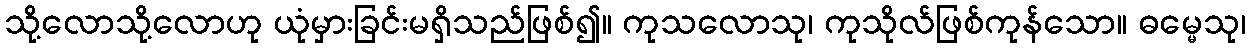
သို့လောသို့လောဟု ယုံမှားခြင်းမရှိသည်ဖြစ်၍။ ကုသလောသု၊ ကုသိုလ်ဖြစ်ကုန်သော။ ဓမ္မေသု၊